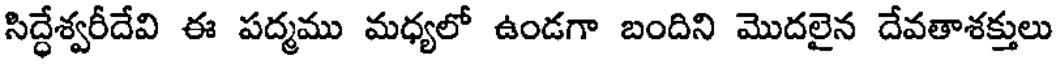
సిద్ధేశ్వరీదేవి ఈ పద్మము మధ్యలో ఉండగా బందిని మొదలైన దేవతాశక్తులు